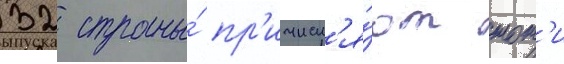
32 страны́ пр'ичисл'я́ют тот'и